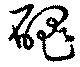
磈